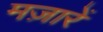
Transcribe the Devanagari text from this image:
मज़ारें